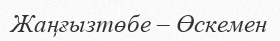
Жаңғызтөбе – Өскемен